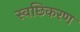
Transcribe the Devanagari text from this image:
स्वछिकरण